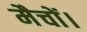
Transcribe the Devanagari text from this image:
मैचों।